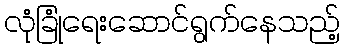
လုံခြုံရေးဆောင်ရွက်နေသည့်